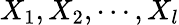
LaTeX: X_{1},X_{2},\cdots,X_{l}